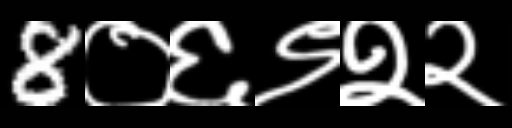
Text: 8०६९२२